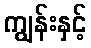
ကျွန်းနှင့်